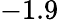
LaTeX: -1.9